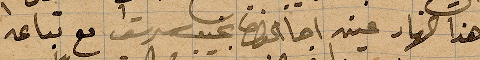
من هذا النهار عينه اجا الخوري نجيب سرسق مع تباعه